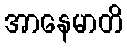
အာနေမာတိ